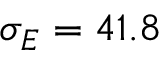
\sigma _ { E } = 4 1 . 8